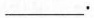
___。